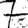
Digit: 7